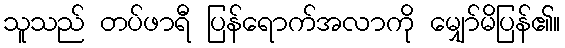
သူသည် တပ်ဖာရီ ပြန်ရောက်အလာကို မျှော်မိပြန်၏။